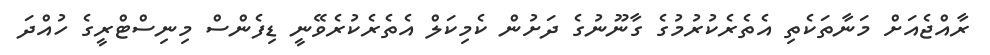
ރާއްޖެއަށް މަނާތަކެތި އެތެރެކުރުމުގެ ގާނޫނުގެ ދަށުން ކެމިކަލް އެތެރެކުރެވޭނީ ޑިފެންސް މިނިސްޓްރީގެ ހުއްދަ